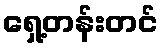
ရှေ့တန်းတင်